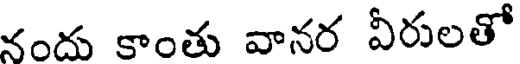
నందు కాంతు వానర వీరులతో